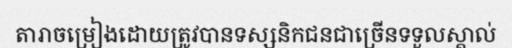
តារាចម្រៀងដោយត្រូវបានទស្សនិកជនជាច្រើនទទួលស្គាល់